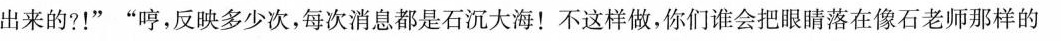
出来的?！””哼，反映多少次，每次消息都是石沉大海！不这样做，你们会把眼睛落在像石老师那的